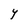
Character: Y